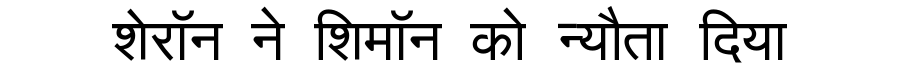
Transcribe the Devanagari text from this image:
शेरॉन ने शिमॉन को न्यौता दिया